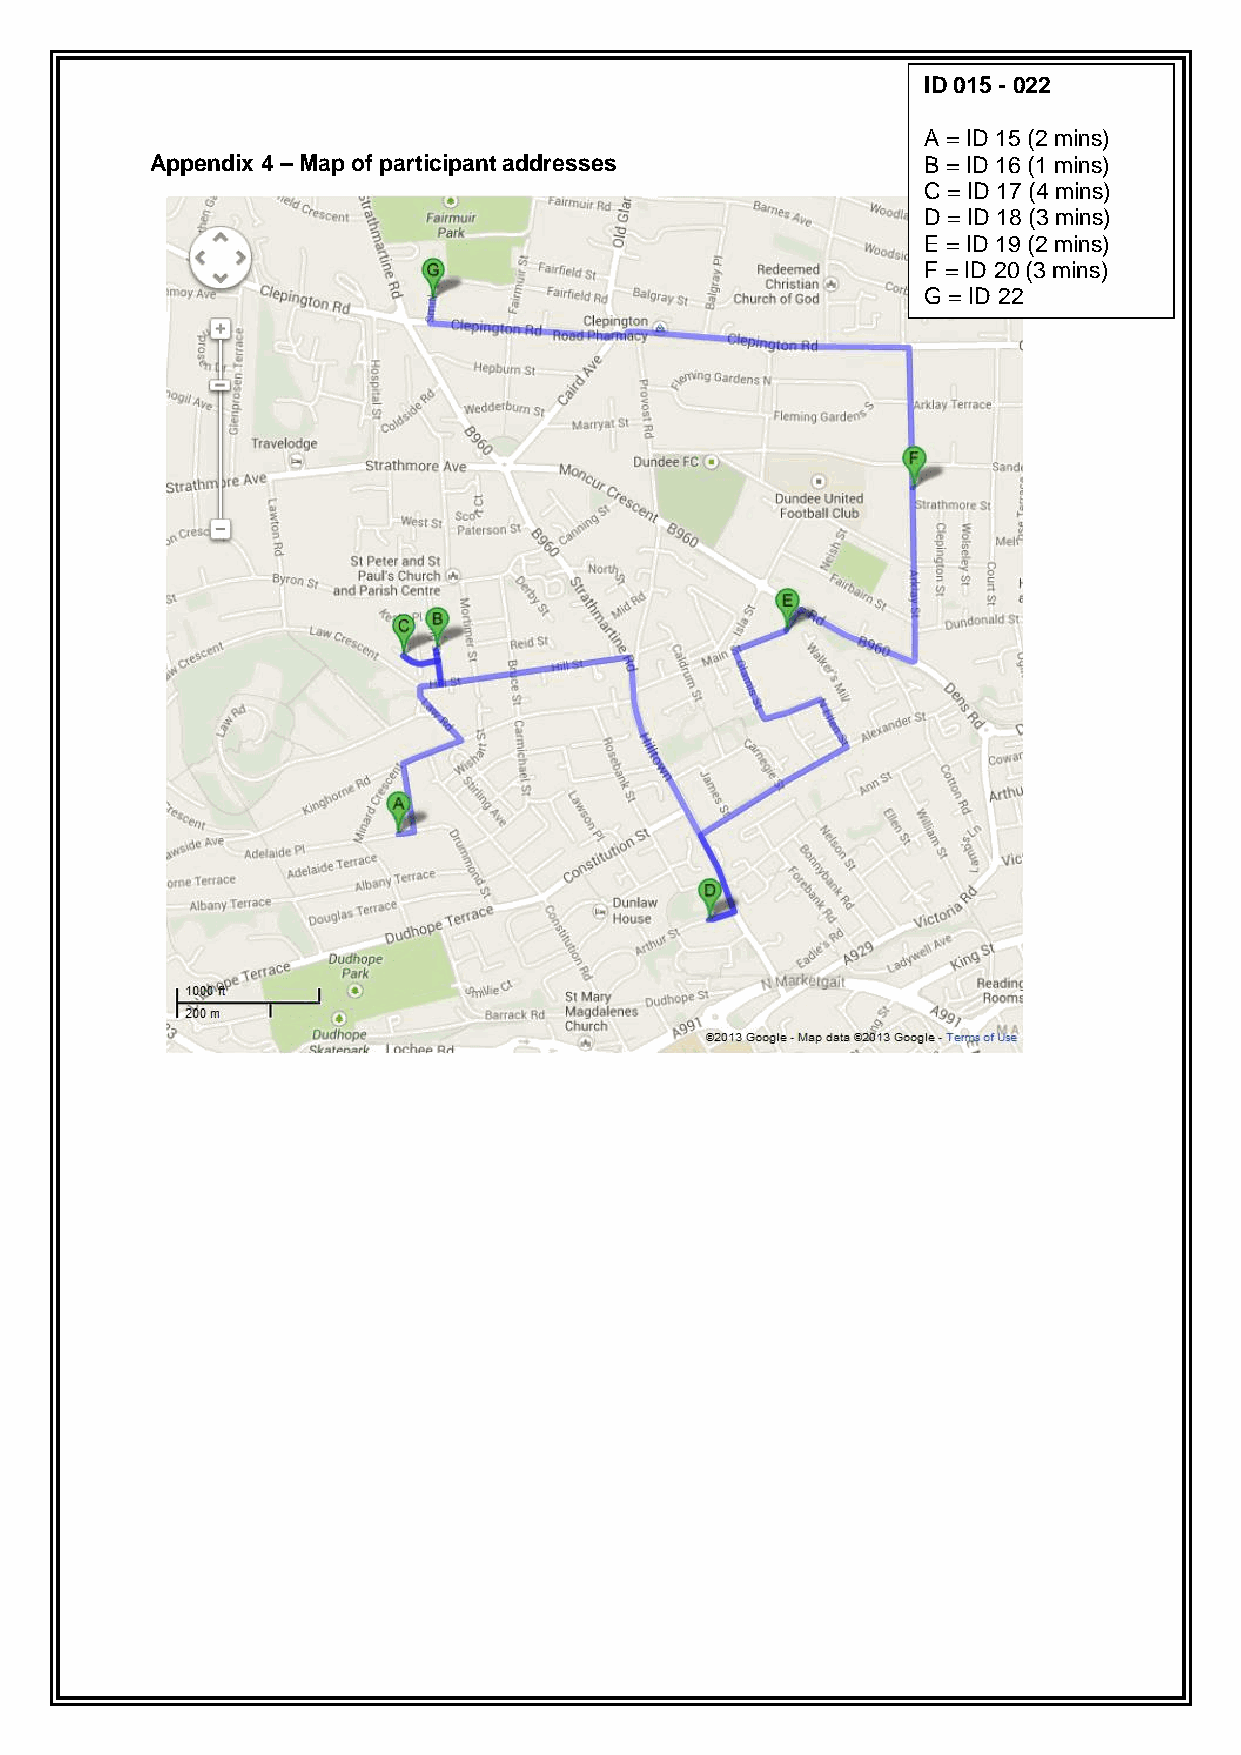
ID 015 - 022
 A = ID 15 (2 mins)
 Appendix 4 – Map of participant addresses          B = ID 16 (1 mins)
 C = ID 17 (4 mins)
 D = ID 18 (3 mins)
 E = ID 19 (2 mins)
 F = ID 20 (3 mins)
 G = ID 22